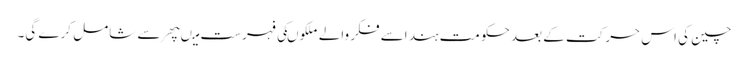
چین کی اس حرکت کے بعد حکومت ہند اسے فکر والے ملکوںکی فہرست میںپھر سے شامل کرے گی۔